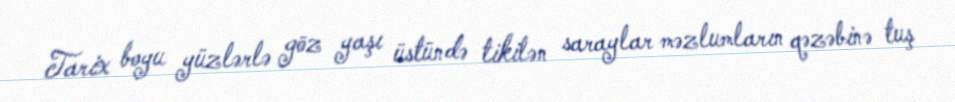
Tarix boyu yüzlərlə göz yaşı üstündə tikilən saraylar məzlumların qəzəbinə tuş